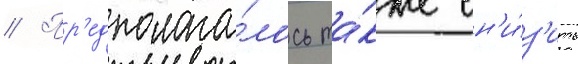
// Пр'едполага́лось та́кже сн'и́з'ить